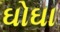
ઘોઘા